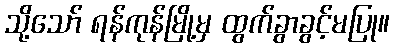
သို့သော် ရန်ကုန်မြို့မှ ထွက်ခွာခွင့်မပြု။